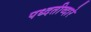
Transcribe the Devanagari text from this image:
पध्दतीव्दारे